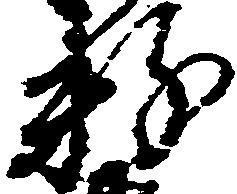
粉